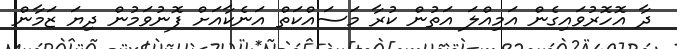
ދާ އޮހޮރުވައިގެން އަމިއްލަ އަތުން ކުރާ މަސައްކަތް އަނެކާއަށް ފޮނުވަމުން ދިޔަ ޒަމާން